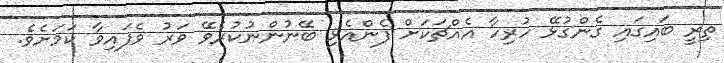
ތިރީ ބައިގައި ގެންގުޅޭ ހުރިހާ އެއްޗަކަށް ފެންއެޅި ބޭނުންނުކުރެވޭ ވަރު ވެފައިވާ ކަމަށެވެ.